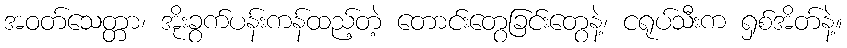
အဝတ်သေတ္တာ၊ အိုးခွက်ပန်းကန်ထည့်တဲ့ တောင်းတွေခြင်းတွေနဲ့၊ ငရုပ်သီးက ရှစ်အိတ်နဲ့။